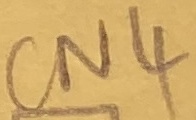
Text: CN4